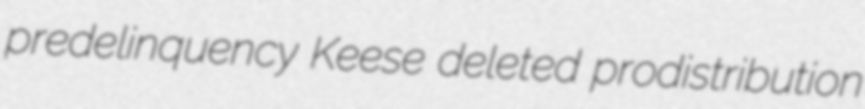
predelinquency Keese deleted prodistribution